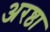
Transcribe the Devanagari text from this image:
अरष्ठा